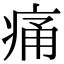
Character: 痛